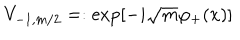
V _ { - 1 , m / 2 } = : \exp [ - i \sqrt { m } \varphi _ { + } ( x ) ]